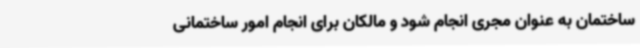
ساختمان به عنوان مجری انجام شود و مالکان برای انجام امور ساختمانی